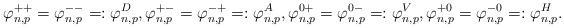
\begin{align*}\varphi^{++}_{n,p} = \varphi^{--}_{n,p} =: \varphi^{D}_{n,p}, \varphi^{+-}_{n,p} = \varphi^{-+}_{n,p} =: \varphi^{A}_{n,p}, \varphi^{0+}_{n,p} = \varphi^{0-}_{n,p} =: \varphi^{V}_{n,p}, \varphi^{+0}_{n,p} = \varphi^{-0}_{n,p} =: \varphi^{H}_{n,p}.\end{align*}